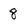
Character: 8